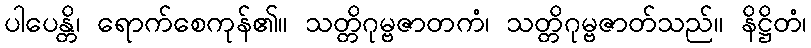
ပါပေန္တိ၊ ရောက်စေကုန်၏။ သတ္တိဂုမ္ဗဇာတကံ၊ သတ္တိဂုမ္ဗဇာတ်သည်။ နိဋ္ဌိတံ၊